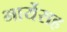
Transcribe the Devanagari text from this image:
भार्येसह